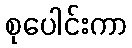
စုပေါင်းကာ